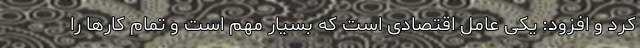
کرد و افزود: یکی عامل اقتصادی است که بسیار مهم است و تمام کارها را